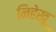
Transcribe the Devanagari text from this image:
निहेखू